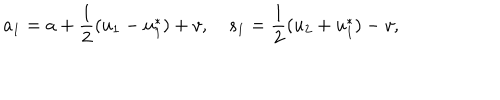
LaTeX: a _ { 1 } = a + \frac { 1 } { 2 } ( u _ { 1 } - u _ { 1 } ^ { * } ) + v , \quad s _ { 1 } = \frac { 1 } { 2 } ( u _ { 2 } + u _ { 1 } ^ { * } ) - v ,